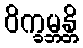
ဝိက္ခမ္ဘန္တိ